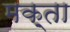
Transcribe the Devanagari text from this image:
मक़्ता